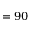
= 9 0